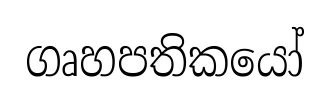
ගෘහපතිකයෝ